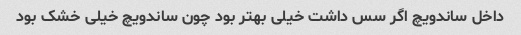
داخل ساندویچ اگر سس داشت خیلی بهتر بود چون ساندویچ خیلی خشک بود